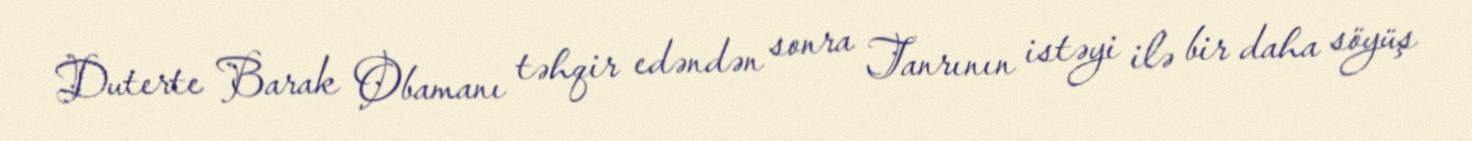
Duterte Barak Obamanı təhqir edəndən sonra Tanrının istəyi ilə bir daha söyüş